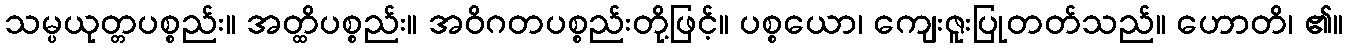
သမ္ပယုတ္တပစ္စည်း။ အတ္ထိပစ္စည်း။ အဝိဂတပစ္စည်းတို့ဖြင့်။ ပစ္စယော၊ ကျေးဇူးပြုတတ်သည်။ ဟောတိ၊ ၏။